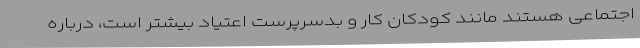
اجتماعی هستند مانند کودکان کار و بدسرپرست اعتیاد بیشتر است، درباره